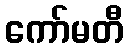
ကော်မတီ